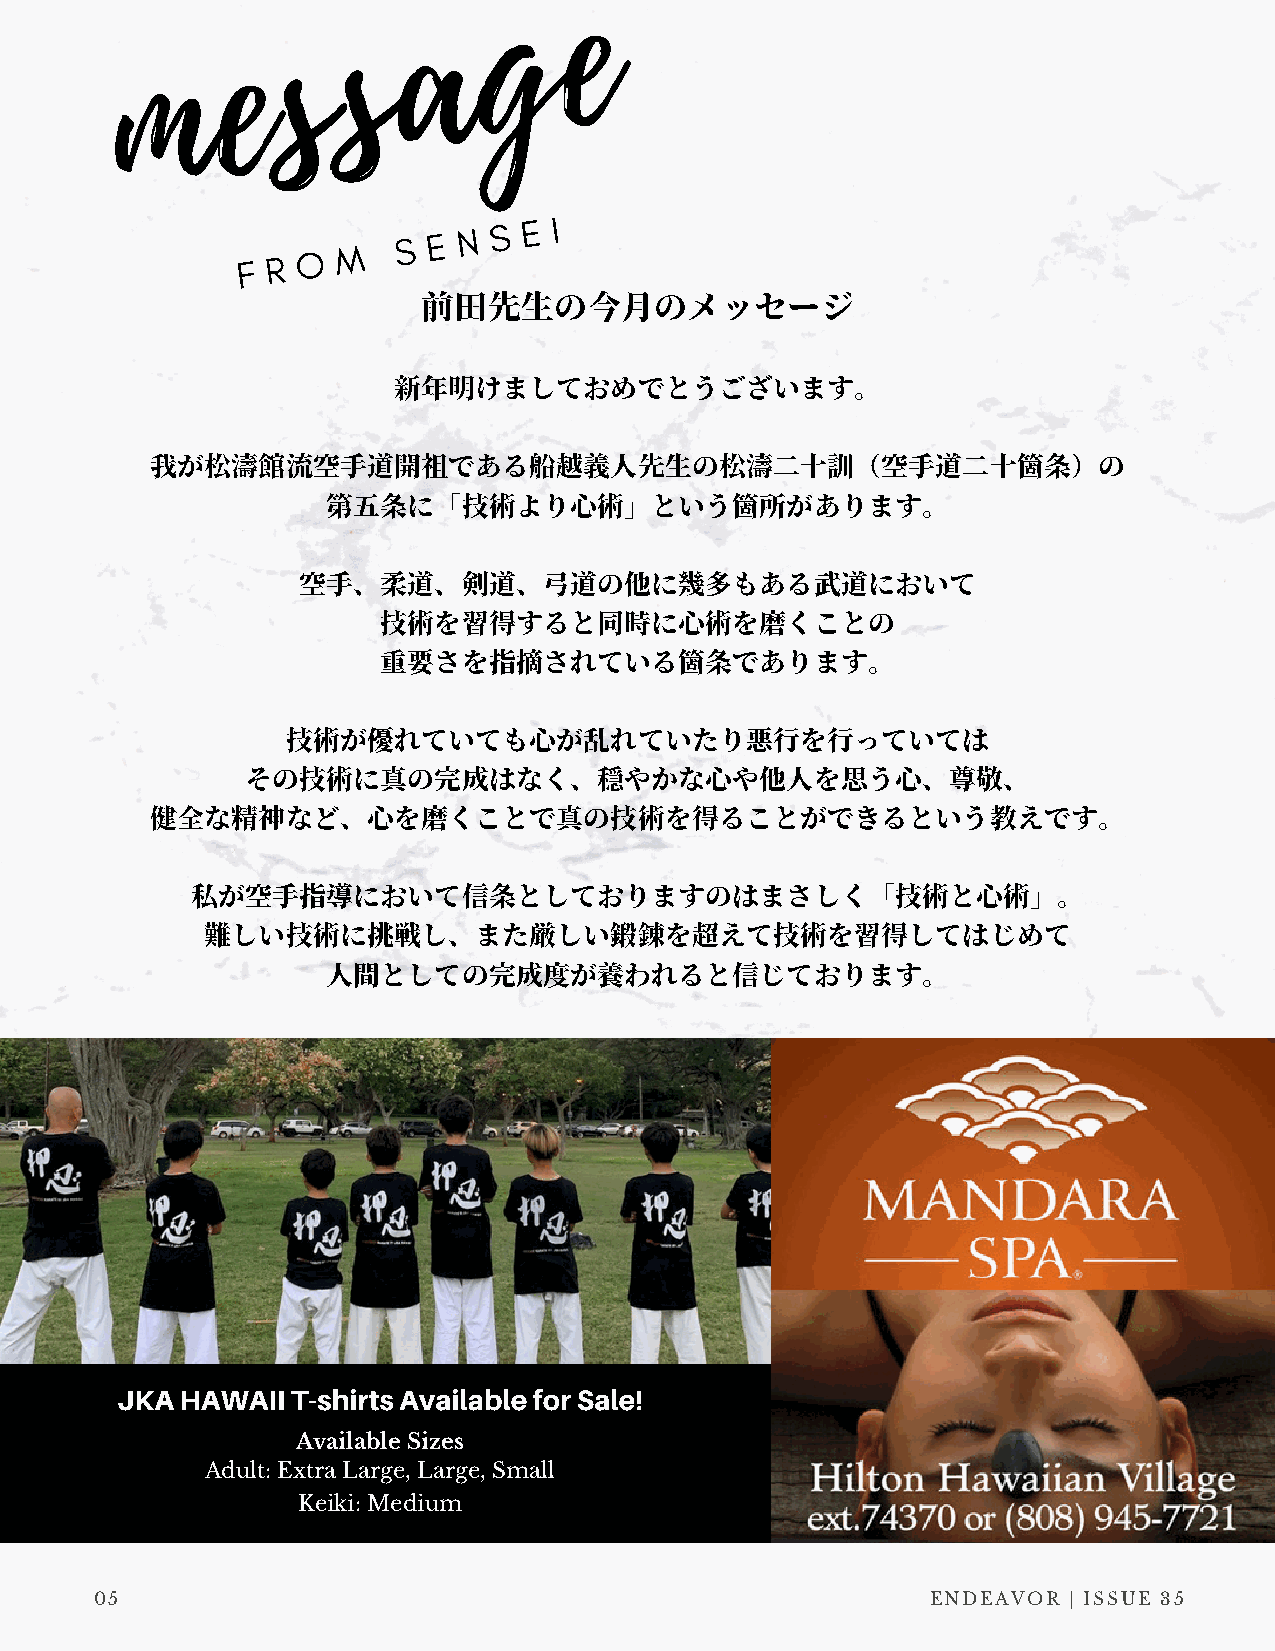
e
 g
 a
 s
 s
 e
 m
 F R O M
 S E N  S E I
 前⽥先⽣の今⽉のメッセージ

 新年明けましておめでとうございます。

 我が松濤館流空⼿道開祖である船越義⼈先⽣の松濤⼆⼗訓（空⼿道⼆⼗箇条）の
 第五条に「技術より⼼術」という箇所があります。

 空⼿、柔道、剣道、⼸道の他に幾多もある武道において
 技術を習得すると同時に⼼術を磨くことの
 重要さを指摘されている箇条であります。

 技術が優れていても⼼が乱れていたり悪⾏を⾏っていては
 その技術に真の完成はなく、穏やかな⼼や他⼈を思う⼼、尊敬、
 健全な精神など、⼼を磨くことで真の技術を得ることができるという教えです。

 私が空⼿指導において信条としておりますのはまさしく「技術と⼼術」。
 難しい技術に挑戦し、また厳しい鍛錬を超えて技術を習得してはじめて
 ⼈間としての完成度が養われると信じております。

 JKA HAWAII T-shirts Available for Sale!
 Available Sizes
 Adult: Extra Large, Large, Small
 Keiki: Medium
 05                                                      ENDEAVOR | ISSUE 35